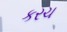
કરચ